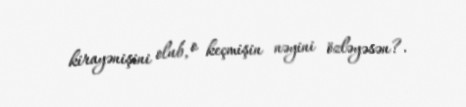
kirayənişini olub, o keçmişin nəyini özləyəsən?.